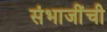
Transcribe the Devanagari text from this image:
संभाजींची